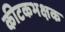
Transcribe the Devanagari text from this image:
कीटकभक्षक